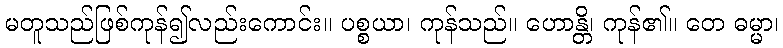
မတူသည်ဖြစ်ကုန်၍လည်းကောင်း။ ပစ္စယာ၊ ကုန်သည်။ ဟောန္တိ၊ ကုန်၏။ တေ ဓမ္မာ၊